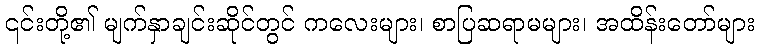
၎င်းတို့၏ မျက်နှာချင်းဆိုင်တွင် ကလေးများ၊ စာပြဆရာမများ၊ အထိန်းတော်များ